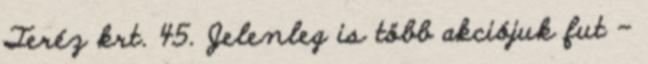
Teréz krt. 45. Jelenleg is több akciójuk fut –